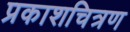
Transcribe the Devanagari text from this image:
प्रकाशचित्रण